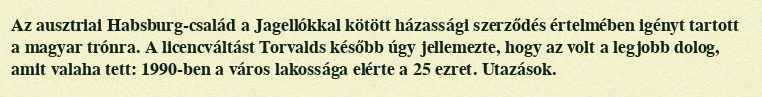
Az ausztriai Habsburg-család a Jagellókkal kötött házassági szerződés értelmében igényt tartott a magyar trónra. A licencváltást Torvalds később úgy jellemezte, hogy az volt a legjobb dolog, amit valaha tett: 1990-ben a város lakossága elérte a 25 ezret. Utazások.